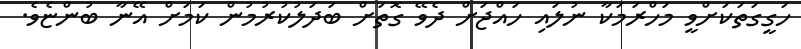
ހަގީގަތަކަށްވީ މަހްރަމަކާ ނުލައި ހައްޖަށް ދެވޭ ގޮތަށް ބަދަލުކުރުމުން ކަމަށް އޭނާ ބުންޏެވެ.